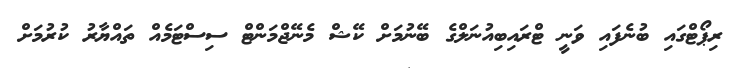
ރިޕޯޓްގައި ބުނެފައި ވަނީ ޓްރައިބިއުނަލްގެ ބޭނުމަށް ކޭޝް މެނޭޖްމަންޓް ސިސްޓަމެއް ތައްޔާރު ކުރުމަށް